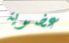
عضوية